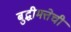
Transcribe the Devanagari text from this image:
बुद्धीमत्तेची